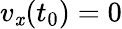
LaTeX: v_{\mathit{x}}(t_{0})=0